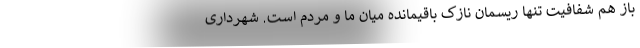
باز هم شفافیت تنها ریسمان نازک باقیمانده میان ما و مردم است. شهرداری